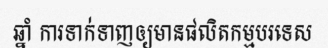
ឆ្នាំ ការទាក់ទាញឲ្យមានផលិតកម្មបរទេស